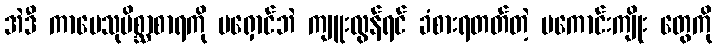
အဲဒီ ကာမေသုမိစ္ဆာစာရကို မရှောင်ဘဲ ကျူးလွန်ရင် ခံစားရတတ်တဲ့ မကောင်းကျိုး တွေကို